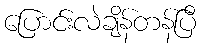
ပြောင်းလဲချိန်တန်ပြီ